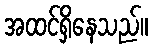
အထင်ရှိနေသည်။